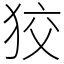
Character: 狡